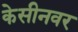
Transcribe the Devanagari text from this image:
केसीनवर